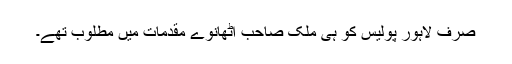
صرف لاہور پولیس کو ہی ملک صاحب اٹھانوے مقدمات میں مطلوب تھے۔